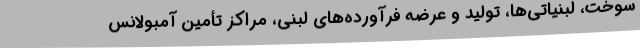
سوخت، لبنیاتی‌ها، تولید و عرضه فرآورده‌های لبنی، مراکز تأمین آمبولانس